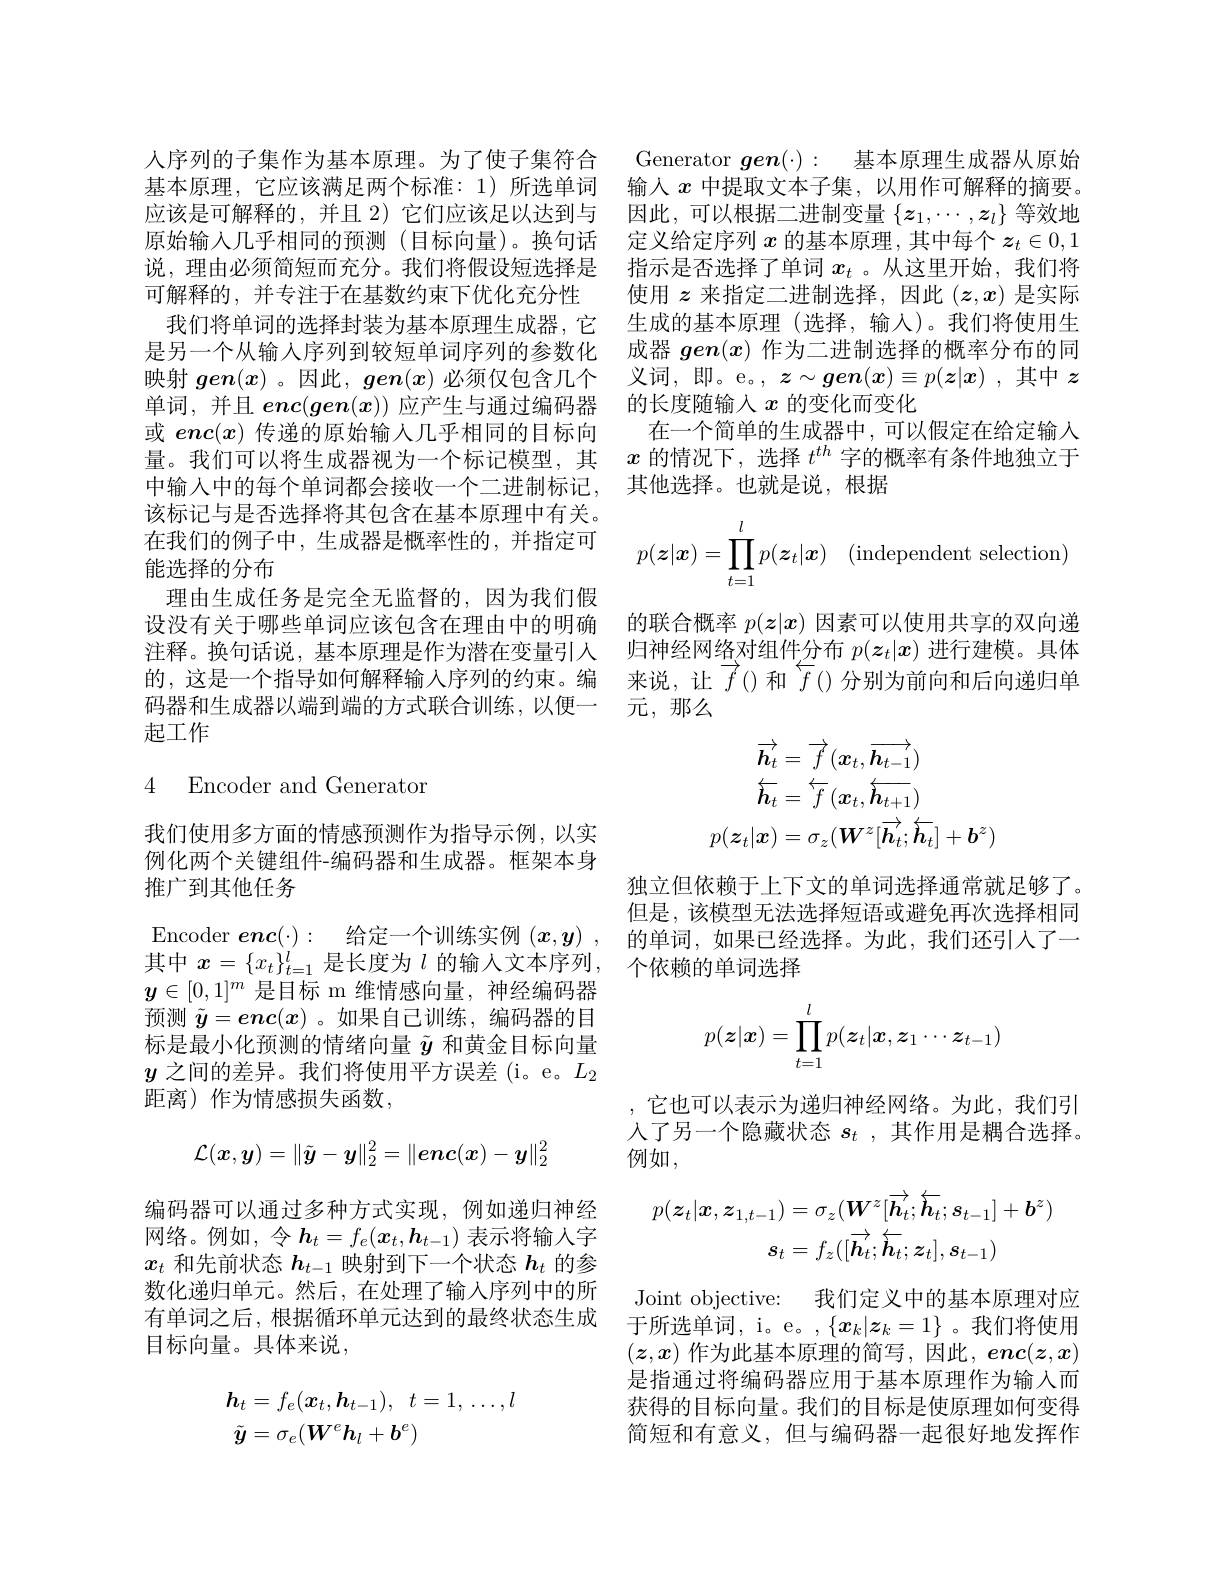
该标记与是否选择将其包含在基本原理中有关。在我们的例子中，生成器是概率性的，并指定可能选择的分布
理由生成任务是完全无监督的，因为我们假
起工作

## 4 Encoder and Generator

我们使用多方面的情感预测作为指导示例，以实例化两个关键组件-编码器和生成器。框架本身推广到其他任务
$\boldsymbol{y}\in[0,1]^m$是目标 m 维情感向量，神经编码器预测$\tilde{y}=enc(x)$ 。如果自己训练，编码器的目标是最小化预测的情绪向量$\tilde{y}$和黄金目标向量$y$之间的差异。我们将使用平方误差(i。e。$L_2$ 距离) 作为情感损失函数，
$$\mathcal{L}(\boldsymbol{x},\boldsymbol{y})=\|\tilde{\boldsymbol{y}}-\boldsymbol{y}\|_2^2=\|\boldsymbol{enc}(\boldsymbol{x})-\boldsymbol{y}\|_2^2$$
编码器可以通过多种方式实现，例如递归神经网络。例如，令$\boldsymbol h_t=f_e(\boldsymbol{x}_t,\boldsymbol{h}_{t-1})$表示将输入字$x_t$和先前状态$h_t-1$映射到下一个状态$h_t$的参数化递归单元。然后，在处理了输入序列中的所有单词之后，根据循环单元达到的最终状态生成 于所选单词，i。e。,$\{x_k|\boldsymbol{z}_k=1\}$ 。我们将使用
目标向量。具体来说，
$$\begin{aligned}&\boldsymbol{h}_{t}=f_{e}(\boldsymbol{x}_{t},\boldsymbol{h}_{t-1}),\:t=1,\:\ldots,l\\&\tilde{\boldsymbol{y}}=\sigma_{e}(\boldsymbol{W}^{e}\boldsymbol{h}_{l}+\boldsymbol{b}^{e})\end{aligned}$$
人序列的子集作为基本原理。为了使子集符合 Generator $\boldsymbol{gen}( \cdot ) :$ 基本原理生成器从原始基本原理，它应该满足两个标准：1)所选单词 输人$x$中提取文本子集，以用作可解释的摘要。应该是可解释的，并且 2) 它们应该足以达到与 因此，可以根据二进制变量$\{z_1,\cdots,z_l\}$等效地原始输人几乎相同的预测(目标向量)。换句话 定义给定序列$x$的基本原理，其中每个$z_t\in0,1$ 说，理由必须简短而充分。我们将假设短选择是 指示是否选择了单词$x_t$ 。从这里开始，我们将可解释的，并专注于在基数约束下优化充分性 使用$z$来指定二进制选择，因此$(z,x)$是实际我们将单词的选择封装为基本原理生成器，它 生成的基本原理 (选择，输人)。我们将使用生是另一个从输入序列到较短单词序列的参数化 成器$ge\boldsymbol{n}(x)$作为二进制选择的概率分布的同映射$gen(x)$ 。因此，$gen(x)$必须仅包含几个 义词，即。e。, $z\sim gen(x)\equiv p(\boldsymbol{z}|x)$ ,其中$z$ 单词，并且$enc(\boldsymbol{gen}(x))$应产生与通过编码器 的长度随输入$x$的变化而变化
或$enc(x)$传递的原始输人几乎相同的目标向 在一个简单的生成器中，可以假定在给定输入量。我们可以将生成器视为一个标记模型，其$x$的情况下，选择$t^{th}$字的概率有条件地独立于中输入中的每个单词都会接收一个二进制标记，其他选择。也就是说，根据
$$p(\boldsymbol{z}|\boldsymbol{x})=\prod_{t=1}^lp(\boldsymbol{z}_t|\boldsymbol{x})\quad\text{(independent selection)}$$
设没有关于哪些单词应该包含在理由中的明确 的联合概率$p(\boldsymbol{z}|\boldsymbol{x})$因素可以使用共享的双向递注释。换句话说，基本原理是作为潜在变量引人 归神经网络对组件分布$p(\boldsymbol{z}_t|\boldsymbol{x})$进行建模。具体的，这是一个指导如何解释输入序列的约束。编 来说，让$\vec{f}$()和$\vec{f}$()分别为前向和后向递归单码器和生成器以端到端的方式联合训练，以便一 元，那么
$$\begin{aligned}\overrightarrow{\boldsymbol{h}_{t}}&=\overrightarrow{f}(\boldsymbol{x}_{t},\overrightarrow{\boldsymbol{h}_{t-1}})\\\overleftarrow{\boldsymbol{h}_{t}}&=\overleftarrow{f}(\boldsymbol{x}_{t},\overleftarrow{\boldsymbol{h}_{t+1}})\\p(\boldsymbol{z}_{t}|\boldsymbol{x})&=\sigma_{z}(\boldsymbol{W}^{z}[\overrightarrow{\boldsymbol{h}_{t}};\overleftarrow{\boldsymbol{h}_{t}}]+\boldsymbol{b}^{z})\end{aligned}$$
独立但依赖于上下文的单词选择通常就足够了。但是，该模型无法选择短语或避免再次选择相同
Encoder $\boldsymbol{enc}( \cdot ) :$ 给定一个训练实例 $( \boldsymbol{x}, \boldsymbol{y}) $, 的单词，如果已经选择。为此，我们还引人了一
其中$x=\{x_t\}_{t=1}^l$是长度为$l$的输人文本序列，个依赖的单词选择
$$p(\boldsymbol{z}|\boldsymbol{x})=\prod_{t=1}^lp(\boldsymbol{z}_t|\boldsymbol{x},\boldsymbol{z}_1\cdots\boldsymbol{z}_{t-1})$$
,它也可以表示为递归神经网络。为此，我们引人了另一个隐藏状态$s_t$ ,其作用是耦合选择。例如，
$$p(\boldsymbol{z}_{t}|\boldsymbol{x},\boldsymbol{z}_{1,t-1})=\sigma_{z}(\boldsymbol{W}^{z}[\overrightarrow{\boldsymbol{h}_{t}};\overleftarrow{\boldsymbol{h}_{t}};\boldsymbol{s}_{t-1}]+\boldsymbol{b}^{z})\\\boldsymbol{s}_{t}=f_{z}([\overrightarrow{\boldsymbol{h}_{t}};\overleftarrow{\boldsymbol{h}_{t}};\boldsymbol{z}_{t}],\boldsymbol{s}_{t-1})$$
Joint objective: 我们定义中的基本原理对应$(z,x)$ 作为此基本原理的简写，因此$,enc(z,x)$ 是指通过将编码器应用于基本原理作为输入而获得的目标向量。我们的目标是使原理如何变得简短和有意义，但与编码器一起很好地发挥作